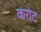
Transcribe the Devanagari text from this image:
करोट